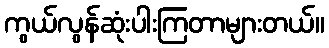
ကွယ်လွန်ဆုံးပါးကြတာများတယ်။